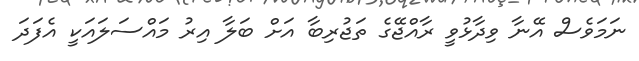
ނަމަވެސް އޭނާ ވިދާޅުވީ ރާއްޖޭގެ ތަޖުރިބާ އަށް ބަލާ އިރު މައްސަލައަކީ އެފަދަ